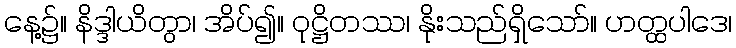
နေ့၌။ နိဒ္ဒါယိတွာ၊ အိပ်၍။ ဝုဋ္ဌိတဿ၊ နိုးသည်ရှိသော်။ ဟတ္ထပါဒေ၊